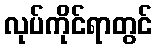
လုပ်ကိုင်ရာတွင်